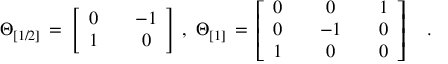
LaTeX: \Theta _ { [ 1 / 2 ] } \, = \, \left[ \begin{array} { c c c } { { 0 } } & { { { } } } & { { - 1 } } \\ { { 1 } } & { { { } } } & { { 0 } } \end{array} \right] \, , \, \, \Theta _ { [ 1 ] } \, = \, \left[ \begin{array} { c c c c c } { { 0 } } & { { { } } } & { { 0 } } & { { { } } } & { { 1 } } \\ { { 0 } } & { { { } } } & { { - 1 } } & { { { } } } & { { 0 } } \\ { { 1 } } & { { { } } } & { { 0 } } & { { { } } } & { { 0 } } \end{array} \right] \quad .